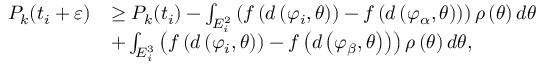
\begin{array} { r l } { P _ { k } ( t _ { i } + \varepsilon ) } & { \ge P _ { k } ( t _ { i } ) - \int _ { E _ { i } ^ { 2 } } { \left( { f \left( { d \left( { { \varphi _ { i } } , \theta } \right) } \right) - f \left( { d \left( { { \varphi _ { \alpha } } , \theta } \right) } \right) } \right) \rho \left( \theta \right) d \theta } } \\ & { + \int _ { E _ { i } ^ { 3 } } { \left( { f \left( { d \left( { { \varphi _ { i } } , \theta } \right) } \right) - f \left( { d \left( { { \varphi _ { \beta } } , \theta } \right) } \right) } \right) \rho \left( \theta \right) d \theta } , } \end{array}